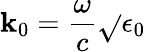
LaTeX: \mathbf{k}_{0}=\frac{{\omega}}{{c}}\sqrt{}{{\epsilon_{0}}}